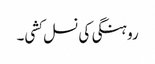
روہنگی کی نسل کشی۔